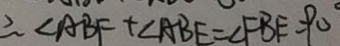
\therefore \angle A B F + \angle A B E = \angle F B E = 9 0 ^ { \circ }